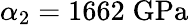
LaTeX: \alpha_{2}=1662\; \mathrm{GPa}